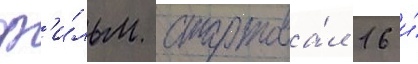
ф'и́льм стартова́л 16 и́